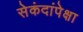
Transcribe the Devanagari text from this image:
सेकंदांपेक्षा